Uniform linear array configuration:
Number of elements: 48
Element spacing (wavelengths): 0.75
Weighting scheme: uniform
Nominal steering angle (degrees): -45
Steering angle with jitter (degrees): -45.718
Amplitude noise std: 0.05
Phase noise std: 0.05

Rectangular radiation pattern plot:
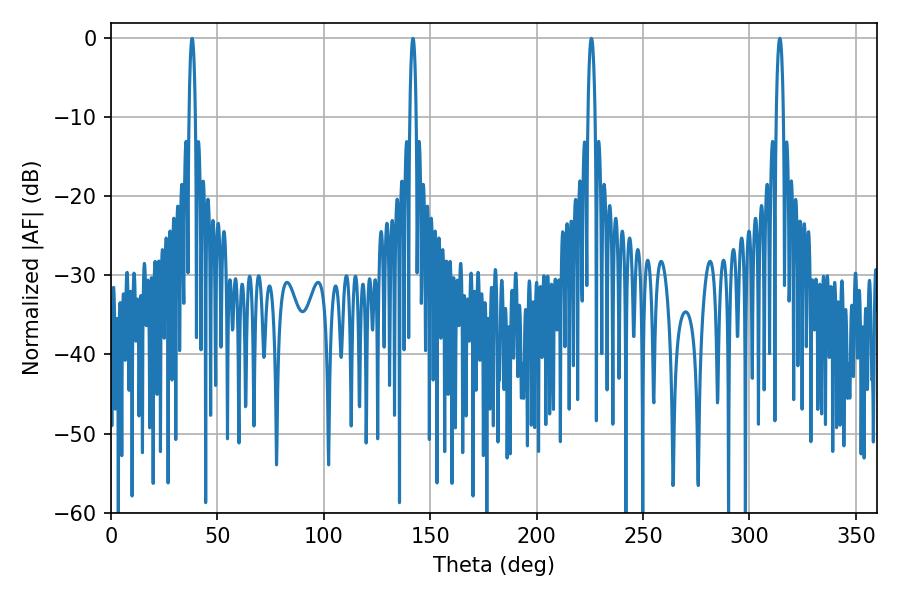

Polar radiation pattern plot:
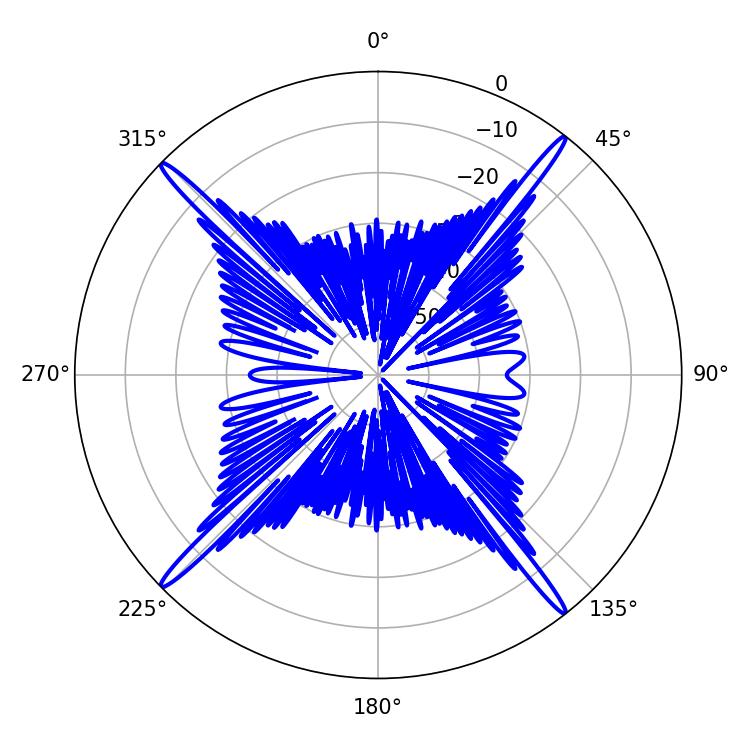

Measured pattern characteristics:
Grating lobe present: TRUE
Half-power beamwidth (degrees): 1.8
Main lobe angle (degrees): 314.28